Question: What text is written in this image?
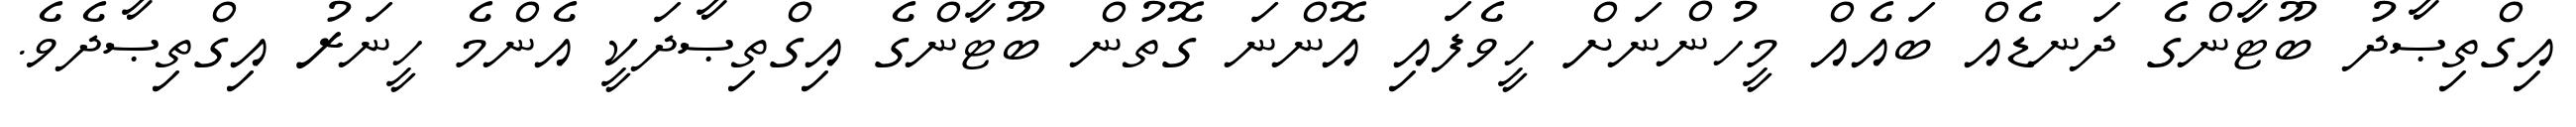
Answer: އިގްތިޞާދު ބޫޓާންގެ ދަނޑެއް ބައެއް މީހުންނަށް ހީވެފައި އޮންނަ ގޮތުން ބޫޓާންގެ އިގްތިޞާދަކީ އެންމެ ހީނަރު އިގްތިޞާދެވެ.